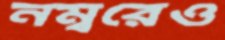
নম্বরেও